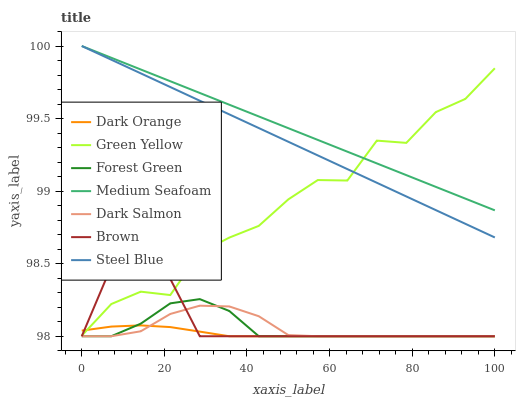
| xaxis_label | Dark Orange | Green Yellow | Forest Green | Medium Seafoam | Dark Salmon | Brown | Steel Blue |
 | --- | --- | --- | --- | --- | --- | --- | --- |
 | 0 | 98 | 98 | 98 | 100 | 98 | 98 | 100 |
 | 7.14 | 98.1 | 98.2 | 98 | 99.9 | 98 | 98.5 | 99.9 |
 | 14.3 | 98.1 | 98.3 | 98.1 | 99.8 | 98 | 98.6 | 99.8 |
 | 21.4 | 98.1 | 98.3 | 98.2 | 99.8 | 98.2 | 98.4 | 99.7 |
 | 28.6 | 98 | 98.6 | 98.3 | 99.7 | 98.2 | 98 | 99.6 |
 | 35.7 | 98 | 98.7 | 98.2 | 99.6 | 98.2 | 98 | 99.5 |
 | 42.9 | 98 | 98.8 | 98 | 99.5 | 98.1 | 98 | 99.4 |
 | 50 | 98 | 98.9 | 98 | 99.4 | 98 | 98 | 99.3 |
 | 57.1 | 98 | 99.1 | 98 | 99.4 | 98 | 98 | 99.2 |
 | 64.3 | 98 | 99.1 | 98 | 99.3 | 98 | 98 | 99.2 |
 | 71.4 | 98 | 99.3 | 98 | 99.2 | 98 | 98 | 99.1 |
 | 78.6 | 98 | 99.3 | 98 | 99.1 | 98 | 98 | 99 |
 | 85.7 | 98 | 99.5 | 98 | 99 | 98 | 98 | 98.9 |
 | 92.9 | 98 | 99.6 | 98 | 98.9 | 98 | 98 | 98.8 |
 | 100 | 98 | 99.8 | 98 | 98.9 | 98 | 98 | 98.7 |